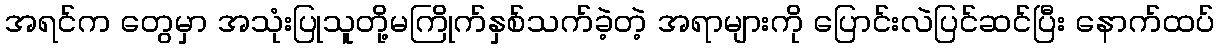
အရင်က တွေမှာ အသုံးပြုသူတို့မကြိုက်နှစ်သက်ခဲ့တဲ့ အရာများကို ပြောင်းလဲပြင်ဆင်ပြီး နောက်ထပ်